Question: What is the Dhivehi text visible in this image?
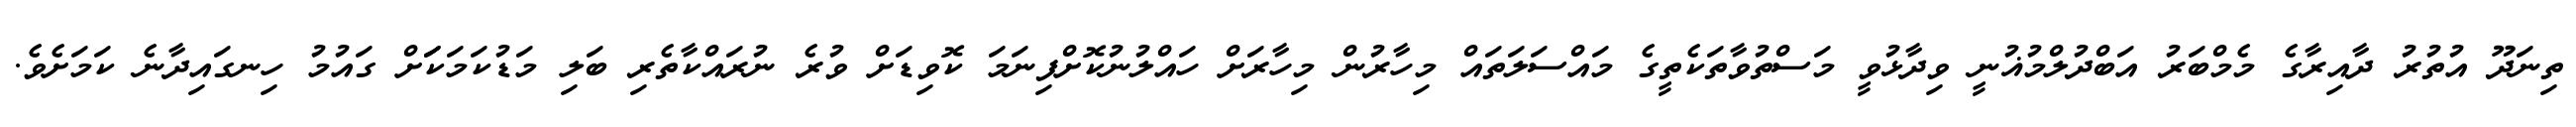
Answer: ތިނަދޫ އުތުރު ދާއިރާގެ މެމްބަރު އަބްދުލްމުޣުނީ ވިދާޅުވީ މަސްތުވާތަކެތީގެ މައްސަލަތައް މިހާރުން މިހާރަށް ހައްލުނުކޮށްފިނަމަ ކޮވިޑަށް ވުރެ ނުރައްކާތެރި ބަލި މަޑުކަމަކަަށް ގައުމު ހިނގައިދާނެ ކަމަށެވެ.